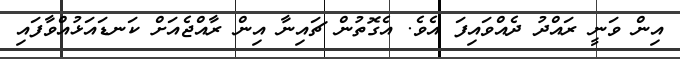
އިން ވަނީ ރައްދު ދެއްވައިފަ އެވެ. އެގޮތުން ޗައިނާ އިން ރާއްޖެއަށް ކަނޑައަޅުއްވާފައި